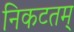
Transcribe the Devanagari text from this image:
निकटतम्